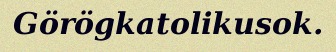
Görögkatolikusok.